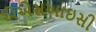
એએસઆઇસી